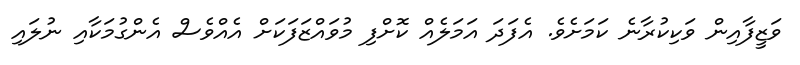
ވަޒީފާއިން ވަކިކުރާނެ ކަމަށެވެ. އެފަދަ އަމަލެއް ކޮށްފި މުވައްޒަފަކަށް އެއްވެސް އެންގުމަކާއި ނުލައި